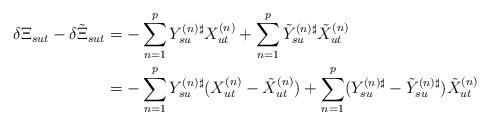
LaTeX: \begin{align*}\delta \Xi_{sut} - \delta \tilde{\Xi}_{sut} & = -\sum_{n=1}^p Y_{su}^{(n) \sharp } X_{ut}^{(n)} + \sum_{n=1}^p \tilde{Y}_{su}^{(n) \sharp}\tilde{X}_{ut}^{(n)} \\& = -\sum_{n=1}^p Y_{su}^{(n) \sharp} (X_{ut}^{(n)} - \tilde{X}_{ut}^{(n)}) + \sum_{n=1}^p (Y_{su}^{(n) \sharp} - \tilde{Y}_{su}^{(n)\sharp })\tilde{X}_{ut}^{(n)} \end{align*}